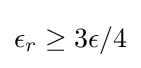
{\textstyle \epsilon _{r}\geq 3\epsilon /4}